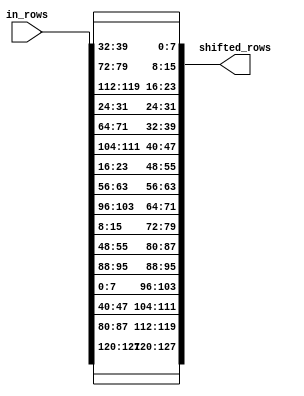
`timescale 1ns / 1ps
//////////////////////////////////////////////////////////////////////////////////
// Company: 
// Engineer: 
// 
// Design Name: 
// Module Name: ShiftRows
// Project Name: 
// Target Devices: 
// Tool Versions: 
// Description: 
// 
// Dependencies: 
// 
// Revision:
// Revision 0.01 - File Created
// Additional Comments:
// 
//////////////////////////////////////////////////////////////////////////////////


module ShiftRows(
    input [0:127] in_rows,
    output [0:127] shifted_rows
    );
    
    // zero shifting
    assign shifted_rows[0+:8] = in_rows[0+:8];
    assign shifted_rows[32+:8] = in_rows[32+:8];
    assign shifted_rows[64+:8] = in_rows[64+:8];
    assign shifted_rows[96+:8] = in_rows[96+:8];
    
    // shifting to left by 1 cell
    assign shifted_rows[8+:8] = in_rows[40+:8];
    assign shifted_rows[40+:8] = in_rows[72+:8];
    assign shifted_rows[72+:8] = in_rows[104+:8];
    assign shifted_rows[104+:8] = in_rows[8+:8];
    
    // shifting to left by 2 cell
    assign shifted_rows[16+:8] = in_rows[80+:8];
    assign shifted_rows[48+:8] = in_rows[112+:8];
    assign shifted_rows[80+:8] = in_rows[16+:8];
    assign shifted_rows[112+:8] = in_rows[48+:8];
    
    // shifting to left by 3 cell
    assign shifted_rows[24+:8] = in_rows[120+:8];
    assign shifted_rows[56+:8] = in_rows[24+:8];
    assign shifted_rows[88+:8] = in_rows[56+:8];
    assign shifted_rows[120+:8] = in_rows[88+:8];
endmodule